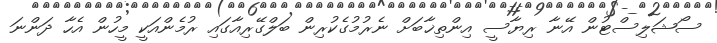
ސޯޝަލިސްޓުން އޭނާ ރިޔާސީ އިންތިޚާބަށް ނެރުމުގެކުރިން ބަލްގޭރިއާގައި ރުމެންއަކީ މީހުން އެހާ ދަންނަ